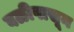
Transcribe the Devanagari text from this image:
बळीपासून